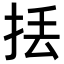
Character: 𢫻